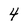
Character: 4